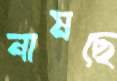
নামছে